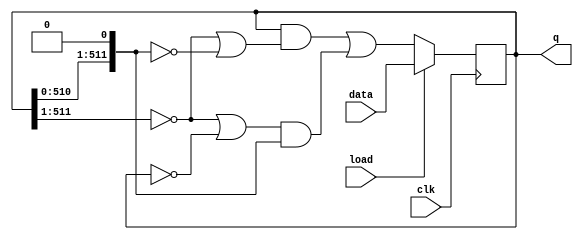
module top_module(
    input clk,
    input load,
    input [511:0] data,
    output [511:0] q); 


    reg [511:0] q_L, q_R;
    assign q_L={1'b0, q[511:1]};
    assign q_R={q[510:0], 1'b0};
    always@(posedge clk)begin
        if (load)begin
            q<=data;
        end
        else begin
            q<=q&(~q_L|~q_R)|(~q_L|~q)&q_R;
        end
    end

endmodule